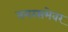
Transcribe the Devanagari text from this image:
नगरसभेवर